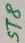
Text: ST8